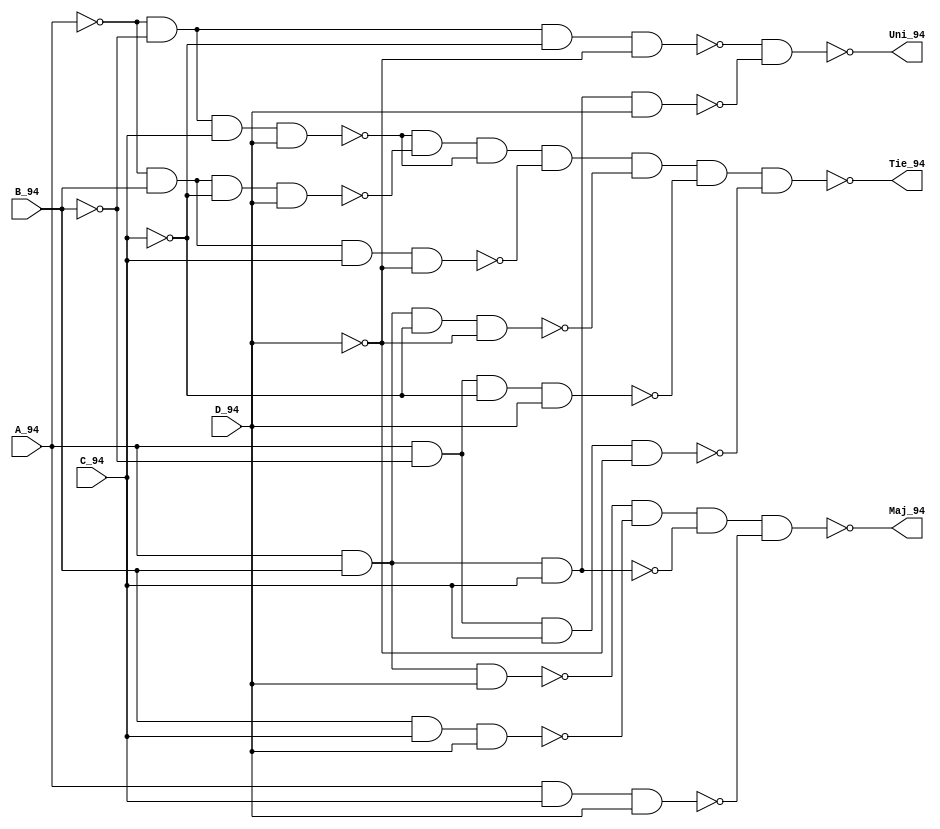
`timescale 1ns / 1ps
//////////////////////////////////////////////////////////////////////////////////
// Company: 
// Engineer: 
// 
// Design Name: 
// Module Name: lab2_part2
// Project Name: 
// Target Devices: 
// Tool Versions: 
// Description: 
// 
// Dependencies: 
// 
// Revision:
// Revision 0.01 - File Created
// Additional Comments:
// 
//////////////////////////////////////////////////////////////////////////////////


module lab2_part2(Maj_94 , Uni_94 , Tie_94 , A_94 , B_94 , C_94 , D_94);

    input A_94 , B_94 , C_94 , D_94;
    output Maj_94 , Uni_94 , Tie_94;
    wire w1, w2, w3, w4, w5, w6, w7, w8, w9, w10, w11, w12, w13;
    
    //Majority - 3 or more inputs TRUE
    nand na1(w1 , A_94 , B_94 , D_94);
    nand na2(w2 , B_94 , C_94 , D_94);
    nand na3(w3 , A_94 , B_94 , C_94);
    nand na4(w4 , A_94 , C_94 , D_94);
    nand na5(Maj_94 , w1 , w2 , w3 , w4);
    
    //Unity - all inputs same value
    nand na6(w5 , ~A_94 , ~B_94 , ~C_94 , ~D_94);
    nand na7(w6 , A_94 , B_94 , C_94 , D_94);
    nand na8(Uni_94 , w5 , w6);
    
    //Tie - 2 inputs TRUE, Majority = don't care
    nand na9(w7, ~A_94, ~B_94, C_94, D_94);
    nand na10(w8, ~A_94, B_94, ~C_94, D_94);
    nand na11(w9, ~A_94, ~B_94, C_94, D_94);
    nand na12(w10, ~A_94, B_94, C_94, ~D_94);
    nand na13(w11, A_94, B_94, ~C_94, ~D_94);
    nand na14(w12, A_94, ~B_94, ~C_94, D_94);
    nand na15(w13, A_94, ~B_94, C_94, ~D_94);
    nand na16(Tie_94 , w7, w8, w9, w10, w11, w12, w13);


endmodule